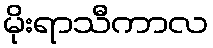
မိုးရာသီကာလ